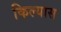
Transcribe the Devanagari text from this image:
किल्यास